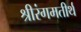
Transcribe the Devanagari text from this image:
श्रीरंगमतीर्थ